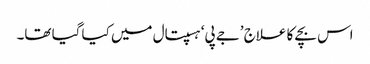
اس بچے کا علاج ’جے پی‘ ہسپتال میں کیا گیا تھا۔